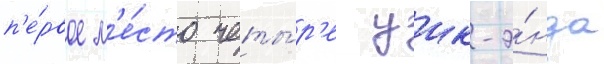
п'е́рвое м'е́сто четы́р'е уик-э́нда